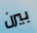
بيرن